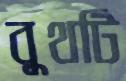
বুথটি